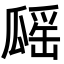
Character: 𤬔